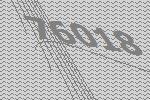
76018